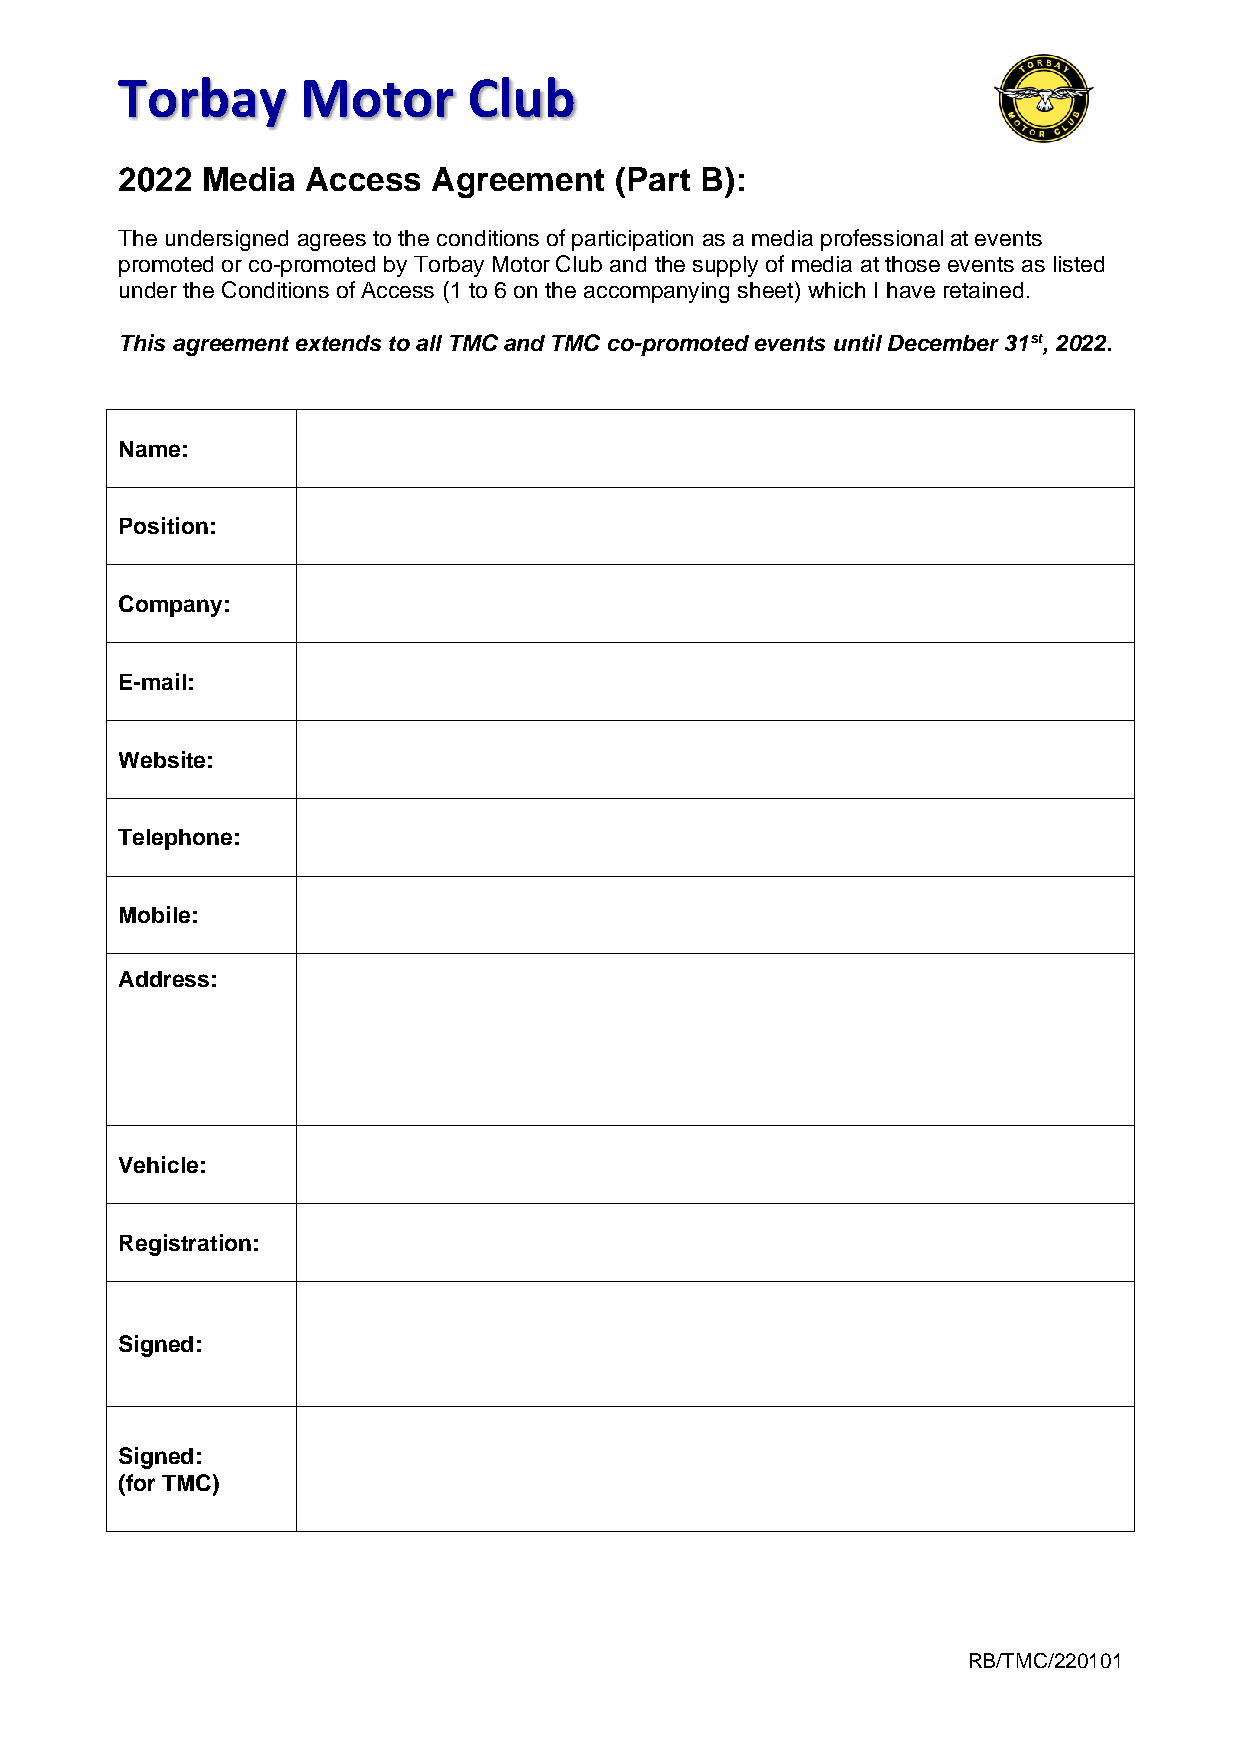
Torbay      Motor      Club
 2022 Media  Access   Agreement   (Part B):
 The undersigned agrees to the conditions of participation as a media professional at events
 promoted or co-promoted by Torbay Motor Club and the supply of media at those events as listed
 under the Conditions of Access (1 to 6 on the accompanying sheet) which I have retained.
 This agreement extends to all TMC and TMC co-promoted events until December 31st, 2022.
 Name:
 Position:
 Company:
 E-mail:
 Website:
 Telephone:
 Mobile:
 Address:
 Vehicle:
 Registration:
 Signed:
 Signed:
 (for TMC)
 RB/TMC/220101